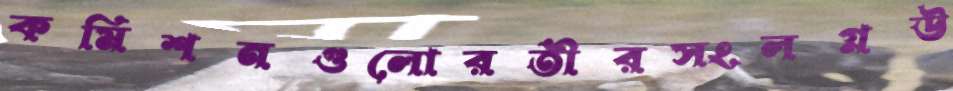
কমিশনগুলোরতীরসংলগ্নউ